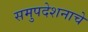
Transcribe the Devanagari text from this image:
समुपदेशनाचे